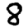
Digit: 8